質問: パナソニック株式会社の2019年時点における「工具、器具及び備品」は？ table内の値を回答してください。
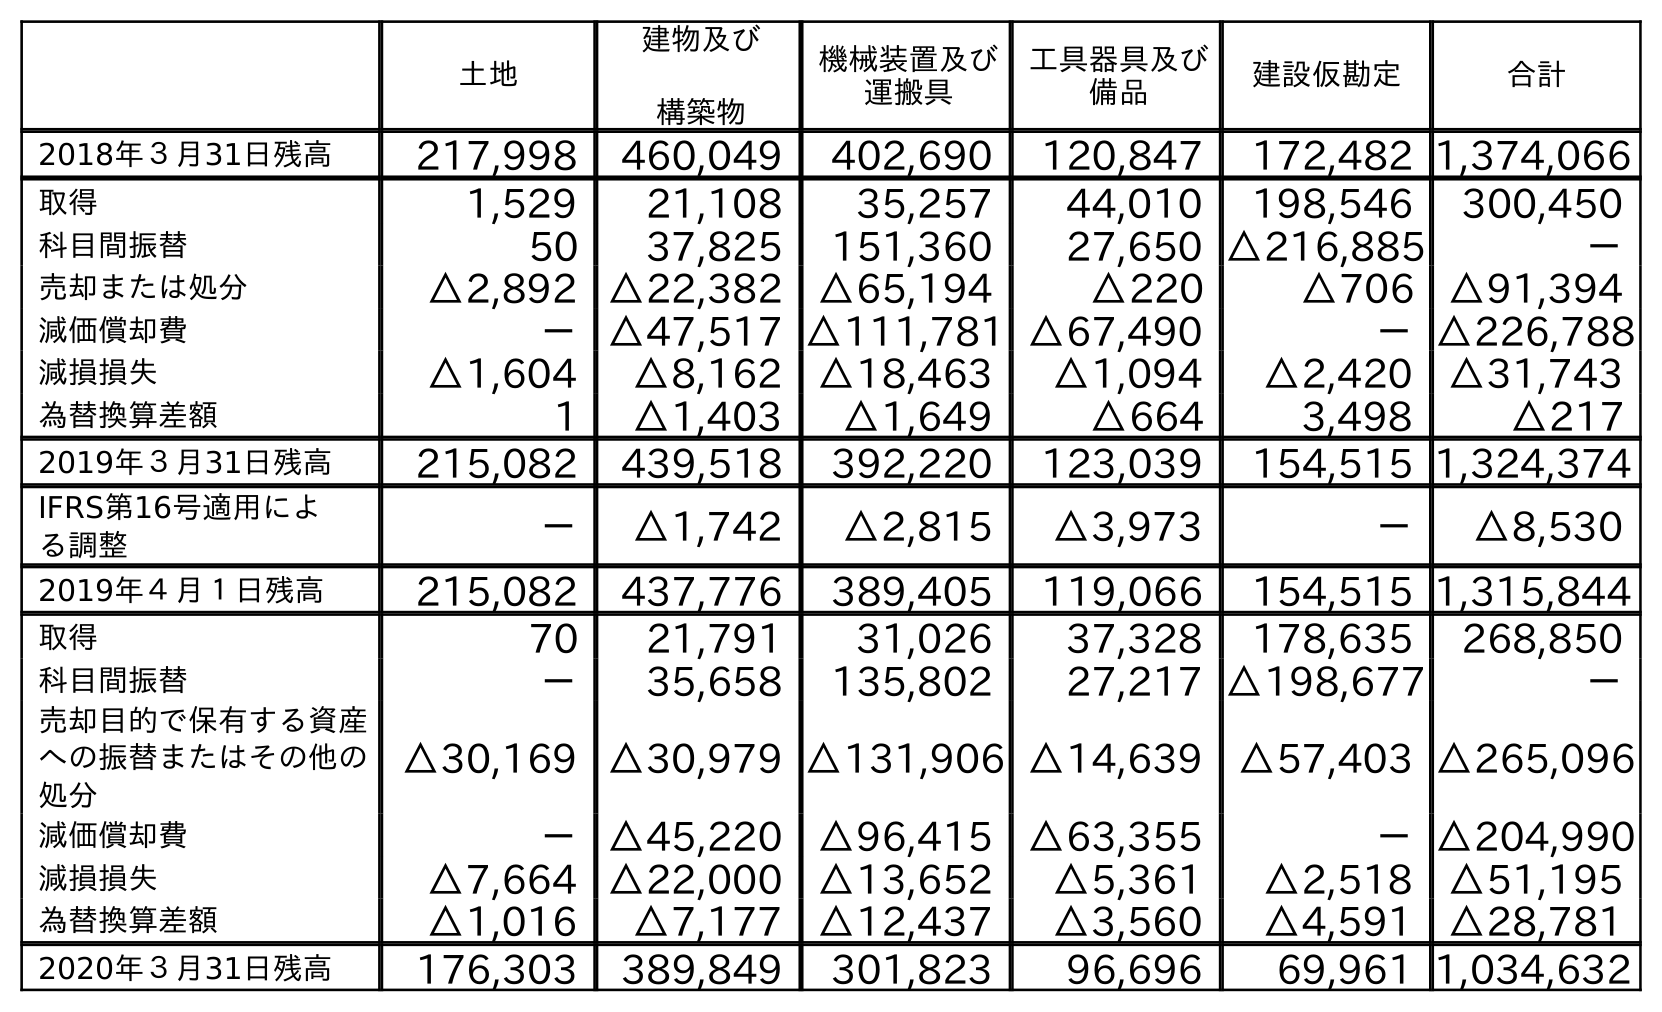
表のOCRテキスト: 土地 建物及び 構築物 機械装置及び 運搬具 工具器具及び 備品 建設仮勘定 合計 2018年３月31日残高 217,998 460,049 402,690 120,847 172,482 1,374,066 取得 1,529 21,108 35,257 44,010 198,546 300,450 科目間振替 50 37,825 151,360 27,650 △216,885 － 売却または処分 △2,892 △22,382 △65,194 △220 △706 △91,394 減価償却費 －△47,517 △111,781 △67,490 －△226,788 減損損失 △1,604 △8,162 △18,463 △1,094 △2,420 △31,743 為替換算差額 1 △1,403 △1,649 △664 3,498 △217 2019年３月31日残高 215,082 439,518 392,220 123,039 154,515 1,324,374 IFRS第16号適用によ る調整 － △1,742 △2,815 △3,973 － △8,530 2019年４月１日残高 215,082 437,776 389,405 119,066 154,515 1,315,844 取得 70 21,791 31,026 37,328 178,635 268,850 科目間振替 － 35,658 135,802 27,217 △198,677 － 売却目的で保有する資産 への振替またはその他の 処分 △30,169 △30,979 △131,906 △14,639 △57,403 △265,096 減価償却費 －△45,220 △96,415 △63,355 －△204,990 減損損失 △7,664 △22,000 △13,652 △5,361 △2,518 △51,195 為替換算差額 △1,016 △7,177 △12,437 △3,560 △4,591 △28,781 2020年３月31日残高 176,303 389,849 301,823 96,696 69,961 1,034,632
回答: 123,039